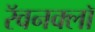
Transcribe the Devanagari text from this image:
रॅवनक्लॉ